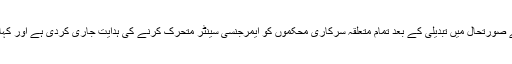
سندھ کے محکمہ صوبائی ڈیزاسٹر مینجمنٹ اتھارٹی نے صورتحال میں تبدیلی کے بعد تمام متعلقہ سرکاری محکموں کو ایمرجنسی سینٹر متحرک کرنے کی ہدایت جاری کردی ہے اور کہا کہ حساس علاقوں سے لوگوں کا انخلا یقینی بنایا جائے۔